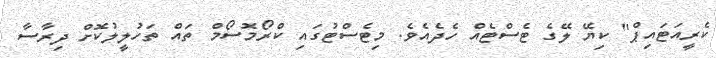
ކެރީއަޓައިޕް" ކިޔޭ ލޭގެ ޓެސްޓެއް ހެދެއެވެ. މިޓެސްޓުގައި ކްރޯމޮސޯމް ތައް ތަހުލީލުކޮށް ދިރާސާ